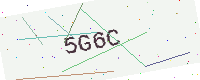
Text: 5G6C